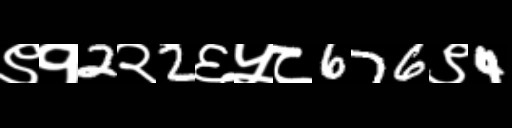
Text: ९१2२2६५८676९4